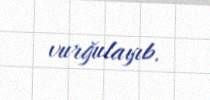
vurğulayıb.